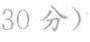
30分)